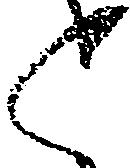
々